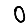
Digit: 0